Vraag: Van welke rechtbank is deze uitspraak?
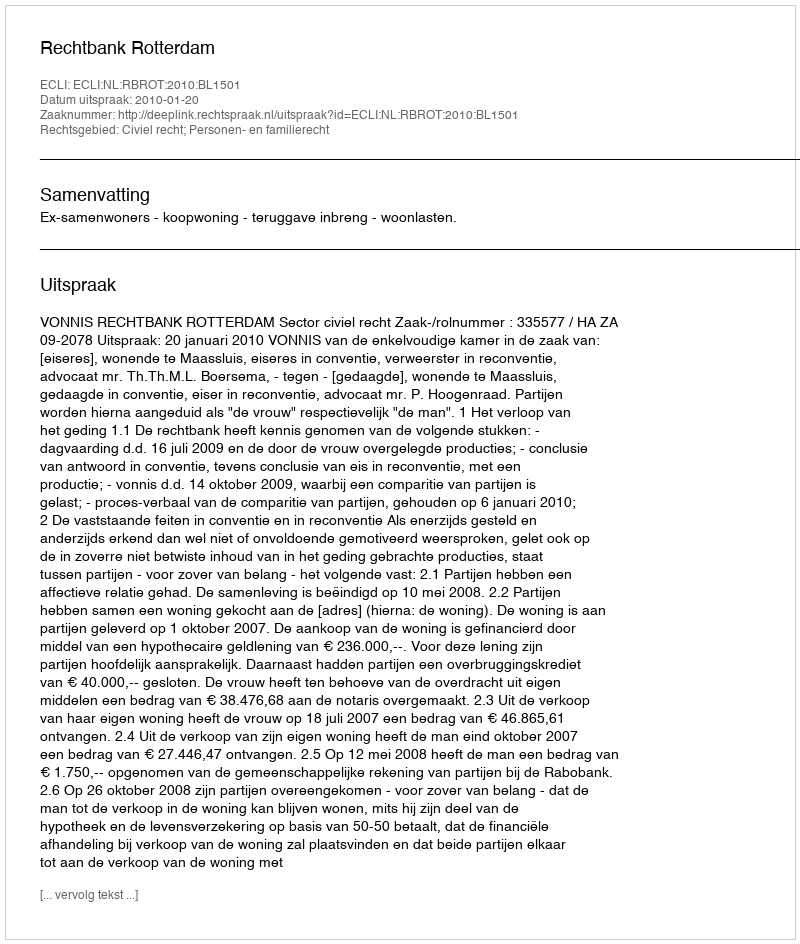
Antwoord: Rechtbank Rotterdam